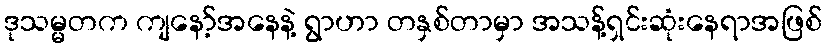
ဒုသမ္မတက ကျနော့်အနေနဲ့ ရွာဟာ တနှစ်တာမှာ အသန့်ရှင်းဆုံးနေရာအဖြစ်